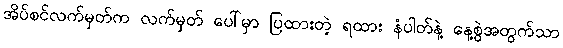
အိပ်စင်လက်မှတ်က လက်မှတ် ပေါ်မှာ ပြထားတဲ့ ရထား နံပါတ်နဲ့ နေ့စွဲအတွက်သာ